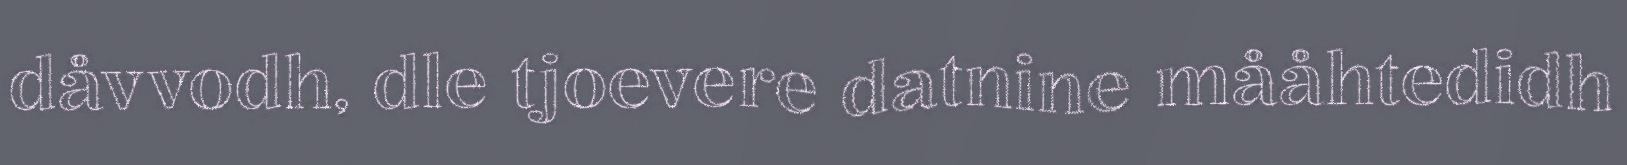
dåvvodh, dle tjoevere datnine mååhtedidh